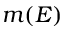
m ( E )